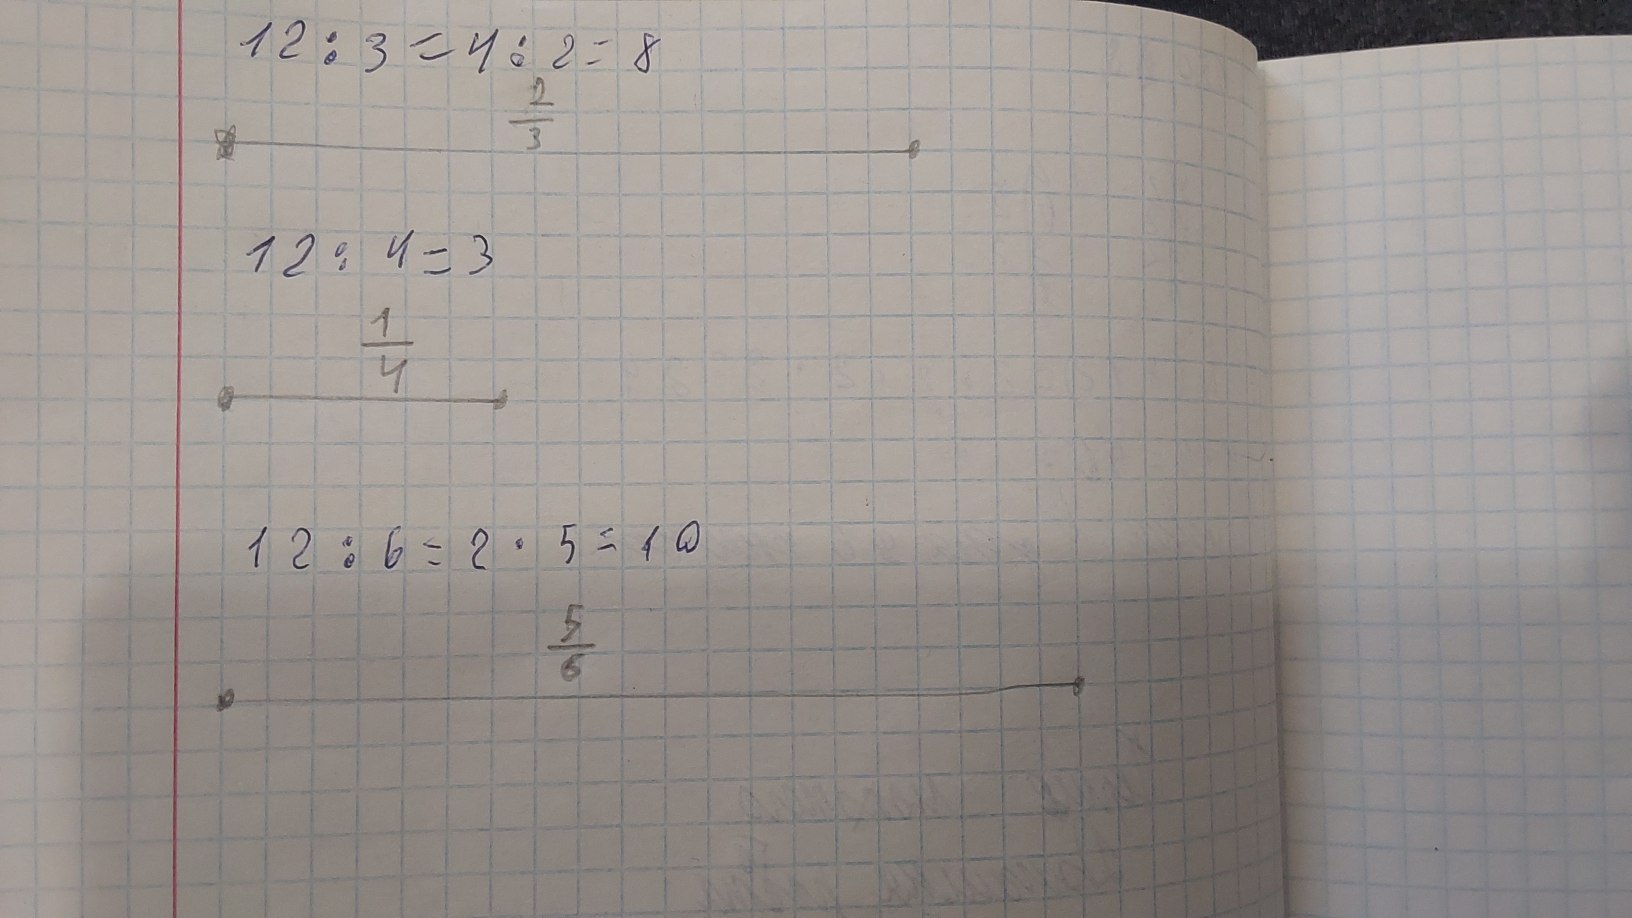
12 / 3 = 4 / 2 = 8
\frac{2}{3}
12 / 4 = 3
\frac{1}{4}
12 / 6 = 2 * 5 = 10
\frac{5}{6}